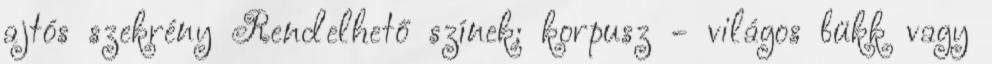
ajtós szekrény Rendelhető színek: korpusz - világos bükk vagy